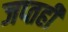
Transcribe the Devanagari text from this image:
जप्‍तही